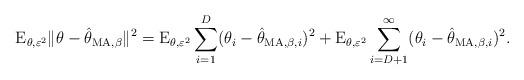
LaTeX: \begin{align*}\mathrm{E}_{\theta,\varepsilon^2}\|\theta-\hat{\theta}_{\mathrm{MA},\beta}\|^2= \mathrm{E}_{\theta,\varepsilon^{2}} \sum_{i=1}^{D} (\theta_{i} - \hat{\theta}_{\mathrm{MA},\beta, i} )^{2}+ \mathrm{E}_{\theta,\varepsilon^{2}} \sum_{i=D+1}^{\infty} (\theta_{i} - \hat{\theta}_{\mathrm{MA},\beta,i})^{2}.\end{align*}